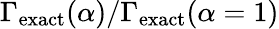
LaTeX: \Gamma_{\mathrm{exact}}(\alpha)/\Gamma_{\mathrm{exact}}(\alpha=1)